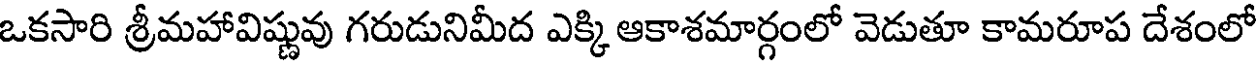
ఒకసారి శ్రీమహావిష్ణువు గరుడునిమీద ఎక్కి ఆకాశమార్గంలో వెడుతూ కామరూప దేశంలో